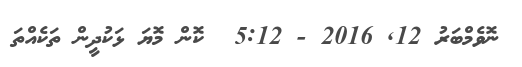
ނޮވެމްބަރު 12